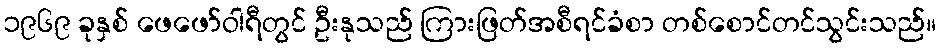
၁၉၆၉ ခုနှစ် ဖေဖော်ဝါရီတွင် ဦးနုသည် ကြားဖြတ်အစီရင်ခံစာ တစ်စောင်တင်သွင်းသည်။